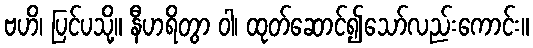
ဗဟိ၊ ပြင်ပသို့။ နီဟရိတွာ ဝါ၊ ထုတ်ဆောင်၍သော်လည်းကောင်း။